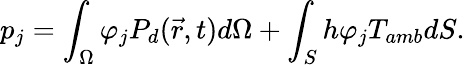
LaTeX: p_{j}=\int_{\Omega}\varphi_{j}P_{d}(\vec{r},t)d\Omega+\int_{S}h\varphi_{j}T_{amb}dS.